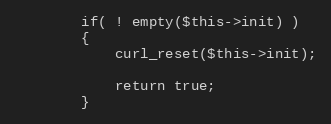
Language: PHP
        if( ! empty($this->init) )
        {
            curl_reset($this->init);

            return true;
        }